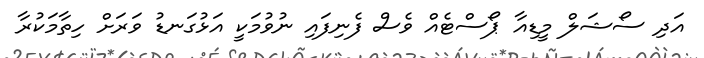
އަދި ސޯޝަލް މީޑިއާ ޕޯސްޓެއް ވެސް ފެނިފައި ނުވުމަކީ އަޅުގަނޑު ވަރަށް ހިތާމަކުރާ